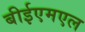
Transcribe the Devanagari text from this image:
बीईएमएल